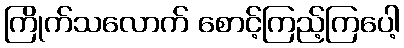
ကြိုက်သလောက် စောင့်ကြည့်ကြပေါ့